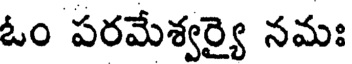
ఓం పరమేశ్వర్యై నమః